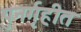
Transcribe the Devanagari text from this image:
पुनर्गृहीत